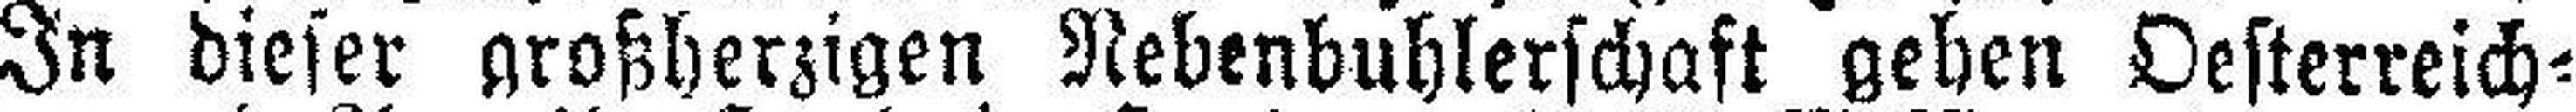
In dieser großherzigen Nebenbuhlerschaft geben Oesterreich=